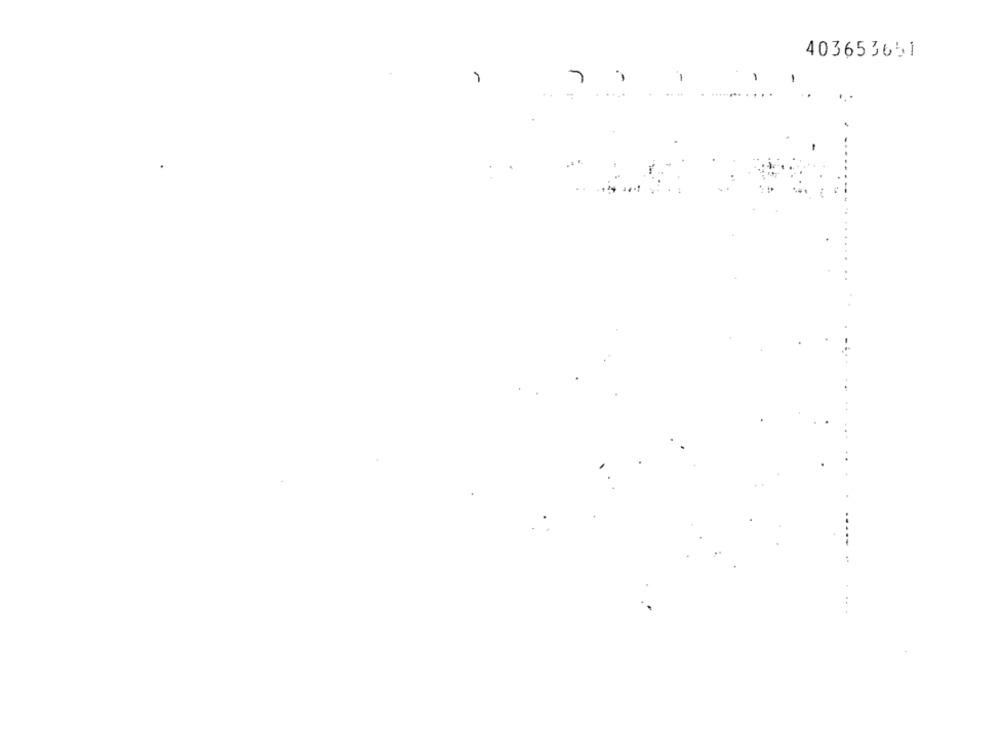
403653651